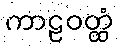
ကာဠဝတ္ထံ